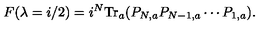
F ( \lambda = i / 2 ) = i ^ { N } \mathrm { T r } _ { a } ( P _ { N , a } P _ { N - 1 , a } \cdots P _ { 1 , a } ) .